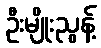
ဦးမျိုးညွန့်